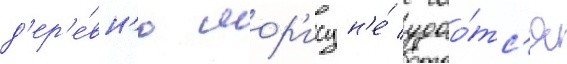
д'ер'е́вн'ю мор'ису н'е́ удао́тс'я